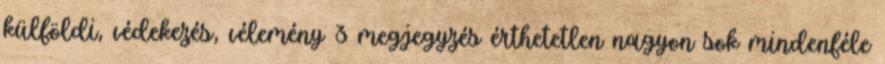
külföldi, védekezés, vélemény 3 megjegyzés érthetetlen nagyon sok mindenféle